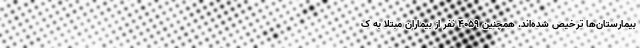
بیمارستان‌ها ترخیص شده‌اند. همچنین ۴۰۵۹ نفر از بیماران مبتلا به ک